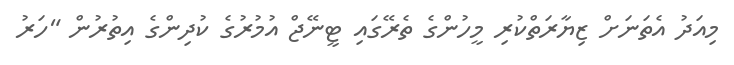
މިއަދު އެތަނަށް ޒިޔާރަތްކުރި މީހުންގެ ތެރޭގައި ޓީނޭޖް އުމުރުގެ ކުދިންގެ އިތުރުން "ހަރު